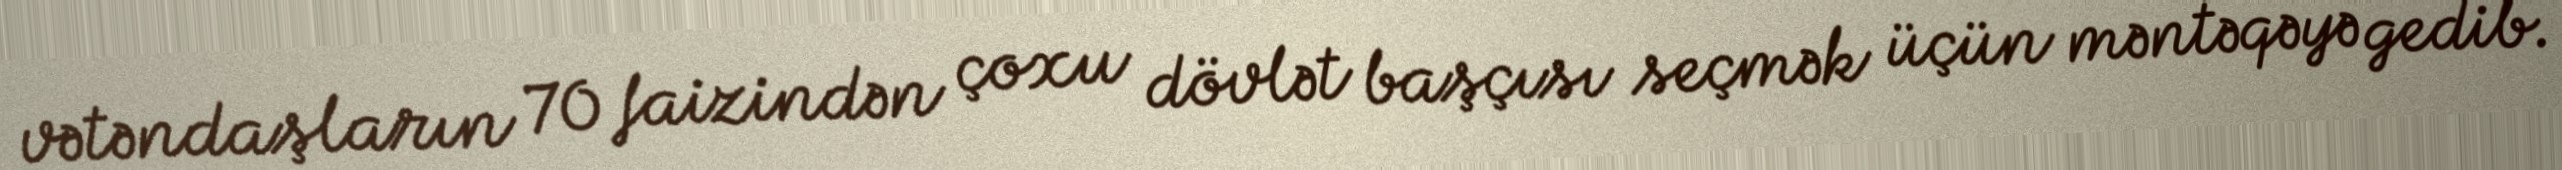
vətəndaşların 70 faizindən çoxu dövlət başçısı seçmək üçün məntəqəyə gedib.